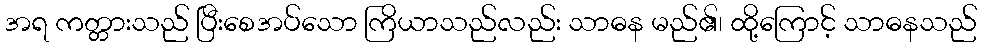
အရ ကတ္တားသည် ပြီးစေအပ်သော ကြိယာသည်လည်း သာဓန မည်၏၊ ထို့ကြောင့် သာဓနသည်